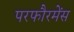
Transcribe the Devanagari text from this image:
परफौरमेंस